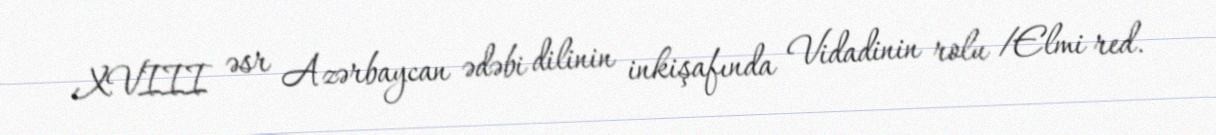
XVIII əsr Azərbaycan ədəbi dilinin inkişafında Vidadinin rolu /Elmi red.